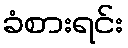
ခံစားရင်း